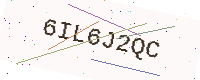
Text: 6IL6J2QC